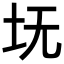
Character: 𪢸